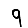
Digit: 9